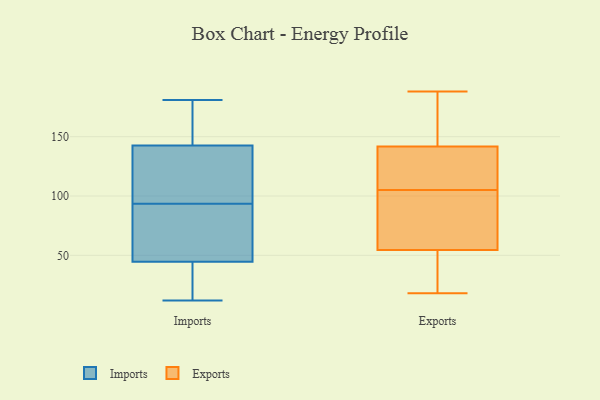
{"axis": {"x": "Website Visitors", "y": "Value"}, "legend": ["Exports", "Imports"], "data": [{"x": "", "y": 115, "type": "Imports"}, {"x": "", "y": 160, "type": "Imports"}, {"x": "", "y": 12, "type": "Imports"}, {"x": "", "y": 71, "type": "Imports"}, {"x": "", "y": 129, "type": "Imports"}, {"x": "", "y": 72, "type": "Imports"}, {"x": "", "y": 28, "type": "Imports"}, {"x": "", "y": 126, "type": "Imports"}, {"x": "", "y": 156, "type": "Imports"}, {"x": "", "y": 181, "type": "Imports"}, {"x": "", "y": 24, "type": "Imports"}, {"x": "", "y": 61, "type": "Imports"}, {"x": "", "y": 118, "type": "Exports"}, {"x": "", "y": 56, "type": "Exports"}, {"x": "", "y": 50, "type": "Exports"}, {"x": "", "y": 147, "type": "Exports"}, {"x": "", "y": 105, "type": "Exports"}, {"x": "", "y": 46, "type": "Exports"}, {"x": "", "y": 188, "type": "Exports"}, {"x": "", "y": 97, "type": "Exports"}, {"x": "", "y": 47, "type": "Exports"}, {"x": "", "y": 179, "type": "Exports"}, {"x": "", "y": 100, "type": "Exports"}, {"x": "", "y": 60, "type": "Exports"}, {"x": "", "y": 140, "type": "Exports"}, {"x": "", "y": 135, "type": "Exports"}, {"x": "", "y": 18, "type": "Exports"}, {"x": "", "y": 140, "type": "Exports"}, {"x": "", "y": 170, "type": "Exports"}]}